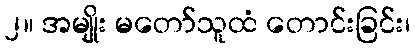
၂။ အမျိုး မတော်သူထံ တောင်းခြင်း၊